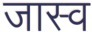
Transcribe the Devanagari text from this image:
जास्व